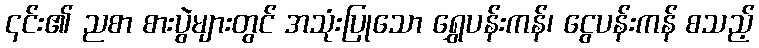
၎င်း၏ ညစာ စားပွဲများတွင် အသုံးပြုသော ရွှေပန်းကန်၊ ငွေပန်းကန် စသည့်